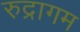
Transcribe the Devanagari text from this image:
रुद्रागम